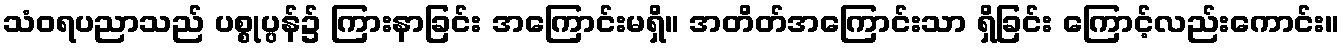
သံဝရပညာသည် ပစ္စုပ္ပန်၌ ကြားနာခြင်း အကြောင်းမရှိ။ အတိတ်အကြောင်းသာ ရှိခြင်း ကြောင့်လည်းကောင်း။